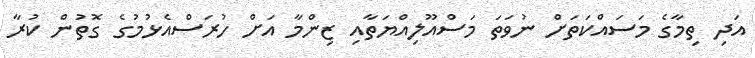
އަދި ތިމާގެ މަސައްކަތަށް ނުވަތަ މަސްއޫލިއްޔަތާއި ޒިންމާ އަށް ހުރަސްއެޅުމުގެ ގޮތުން ކުރާ